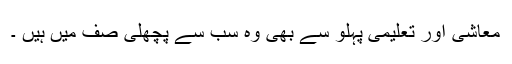
معاشی اور تعلیمی پہلو سے بھی وہ سب سے پچھلی صف میں ہیں ۔